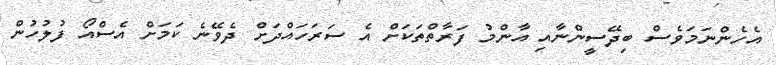
އެހެންނަމަވެސް ބިދޭސީންނާއި އާންމު ފަރާތްތަކަށް އެ ސަރަހައްދަށް ދެވޭނެ ކަމަށް އެސްއޯ ފުލުހުން